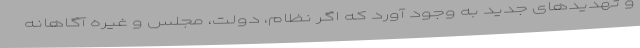
و تهدیدهای جدید به وجود آورد که اگر نظام، دولت، مجلس و غیره آگاهانه